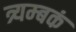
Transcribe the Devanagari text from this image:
त्र्यम्‍बकं